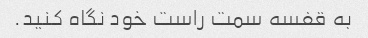
به قفسه سمت راست خود نگاه کنید.